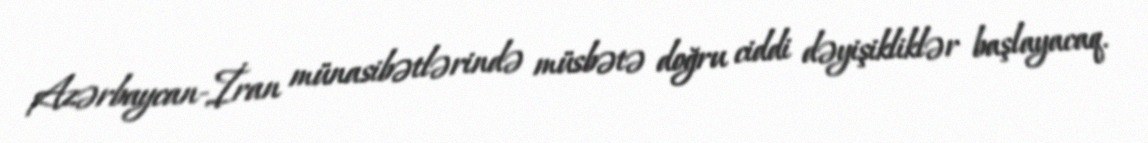
Azərbaycan-İran münasibətlərində müsbətə doğru ciddi dəyişikliklər başlayacaq.